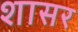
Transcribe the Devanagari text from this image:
शासर